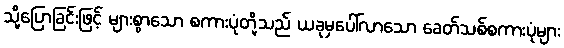
သို့ပြောခြင်းဖြင့် များစွာသော စကားပုံတို့သည် ယခုမှပေါ်လာသော ခေတ်သစ်စကားပုံများ